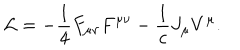
LaTeX: { \cal L } = - { \frac { 1 } { 4 } } F _ { \mu \nu } F ^ { \mu \nu } - { \frac { 1 } { c } } J _ { \mu } V ^ { \mu } .